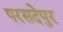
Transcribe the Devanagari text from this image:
परसदेपुर